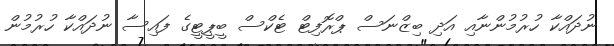
ނުދައްކާ ހުރުމުންނާއި އަދި ބިޒްނަސް ޕްރޮފިޓް ޓެކްސް ބީޕީޓީގެ ފައިސާ ނުދައްކާ ހުރުމުން